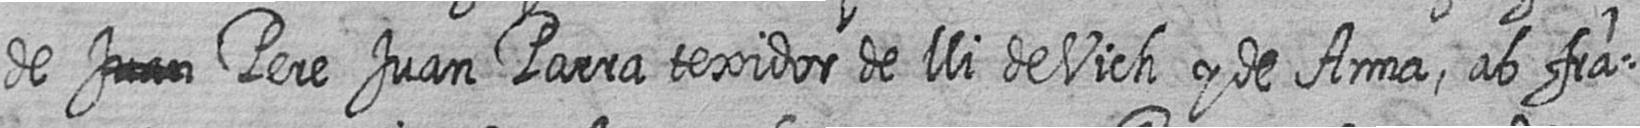
de # Pere Juan Parra texidor de lli de Vich y de Anna ab fra=